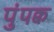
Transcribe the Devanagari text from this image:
पुंपक्व